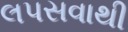
લપસવાથી